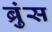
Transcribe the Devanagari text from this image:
ब्रुंस